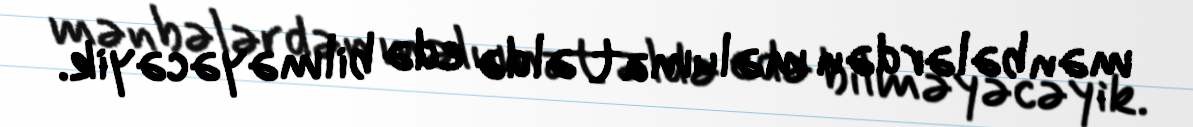
mənbələrdən məlumat əldə edə bilməyəcəyik.